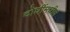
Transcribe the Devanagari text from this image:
दोघींमधील